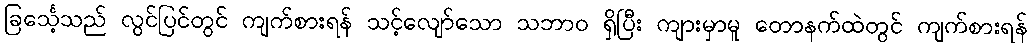
ခြင်္သေ့သည် လွင်ပြင်တွင် ကျက်စားရန် သင့်လျော်သော သဘာဝ ရှိပြီး ကျားမှာမူ တောနက်ထဲတွင် ကျက်စားရန်